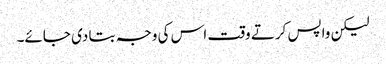
لیکن واپس کرتے وقت اس کی وجہ بتا دی جائے۔